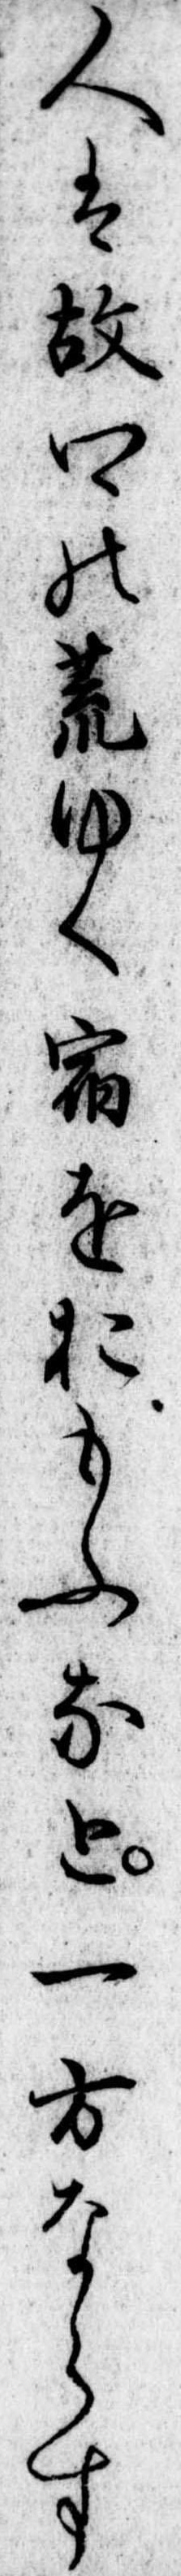
人は故郷の荒ゆく宿をおもふなと一方ならす